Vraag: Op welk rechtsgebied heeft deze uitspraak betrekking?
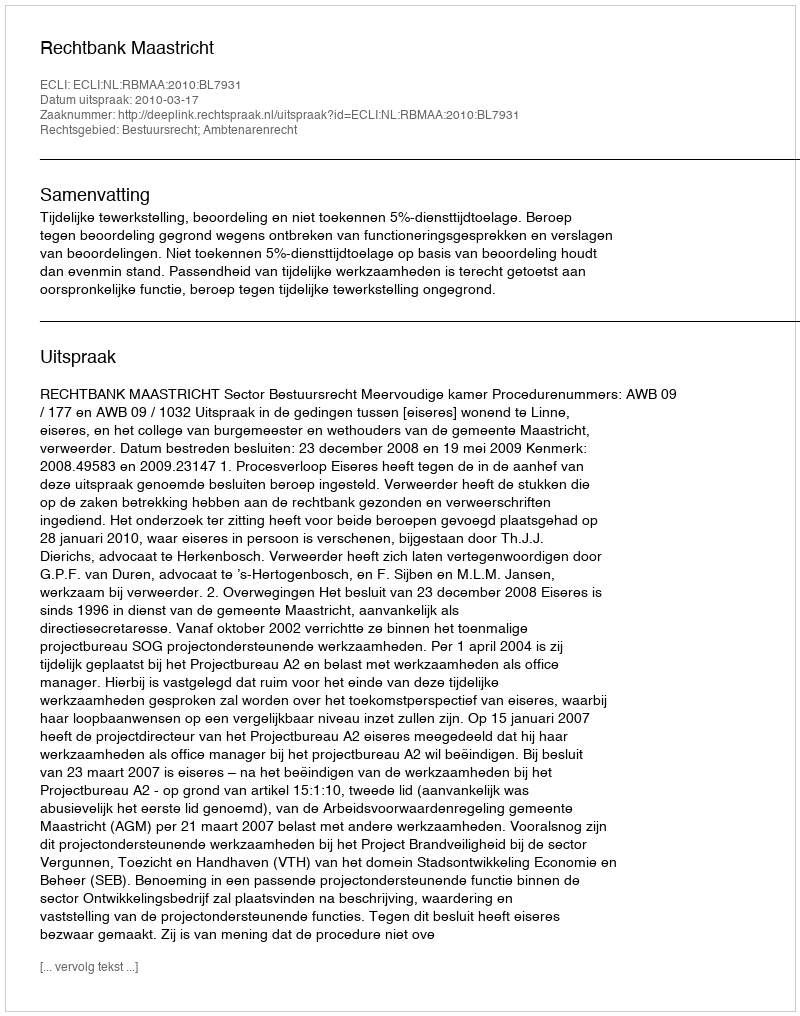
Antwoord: Bestuursrecht; Ambtenarenrecht